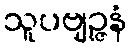
သူပဗျဉ္ဇနံ